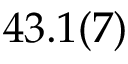
4 3 . 1 ( 7 )